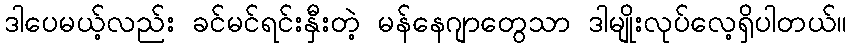
ဒါပေမယ့်လည်း ခင်မင်ရင်းနှီးတဲ့ မန်နေဂျာတွေသာ ဒါမျိုးလုပ်လေ့ရှိပါတယ်။